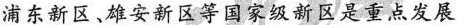
浦东新区、雄安新区等国家级新区是重点发展